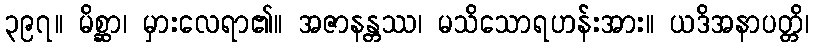
၃၉၇။ မိစ္ဆာ၊ မှားလေရာ၏။ အဇာနန္တဿ၊ မသိသောရဟန်းအား။ ယဒိအနာပတ္တိ၊